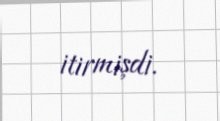
itirmişdi.